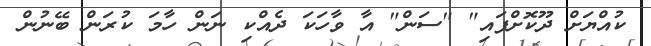
ކުއްޔަށް ދޫކޮށްފައި" "ސަން" އާ ވާހަކަ ދެއްކި ނަން ހާމަ ކުރަން ބޭނުން